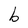
Character: b